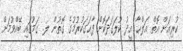
ކުރިއަށް އޮތް އަލްޙާ އީދު ކުލަގަދަކޮށް ފާޙަގަކުރުމުގެ ގޮތުން ލ. ގަމުގައި ބޭއްވުމަށް